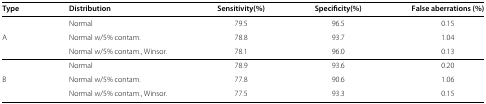
| Type | Distribution | Sensitivity(%) | Specificity(%) | False aberrations (%) |
 | --- | --- | --- | --- | --- |
 |  | Normal | 79.5 | 96.5 | 0.15 |
 | A | Normal w/5% contam. | 78.8 | 93.7 | 1.04 |
 |  | Normal w/5% contam., Winsor. | 78.1 | 96.0 | 0.13 |
 |  | Normal | 78.9 | 93.6 | 0.20 |
 | B | Normal w/5% contam. | 77.8 | 90.6 | 1.06 |
 |  | Normal w/5% contam., Winsor. | 77.5 | 93.3 | 0.15 |